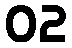
02